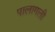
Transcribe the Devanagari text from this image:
पालागली